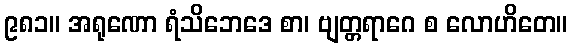
၉၈၁။ အရုဏော ရံသိဘေဒေ စာ၊ ဗျတ္တရာဂေ စ လောဟိတေ။